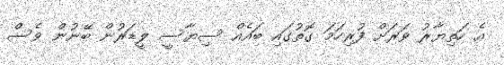
އެ ހަތިޔާރު ވަރަށް ފުރިހަމަ ގޮތުގައި ބައެއް ސިޔާސީ ލީޑަރުން ބޭނުން ވެސް